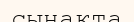
сынақта